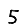
Digit: 5